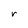
Character: r